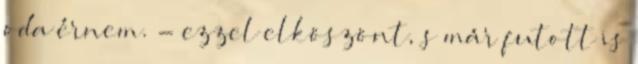
oda érnem. - ezzel elköszönt, s már futott is